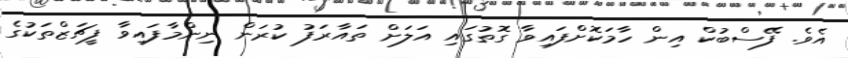
އެވެ. ފޭސްބުކް އިން ހާމަކޮށްފައިވާ ގޮތުގައި އަލަށް ތައާރަފު ކުރަން ނިންމާފައިވާ ފީޗަޒްތަކުގެ